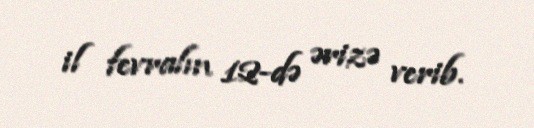
il fevralın 12-də ərizə verib.